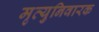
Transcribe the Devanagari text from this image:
मृत्युनिवारक